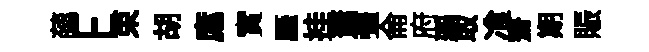
蘤E束胡庬實厜挂䔥彊侖府覇取飡齋期賑